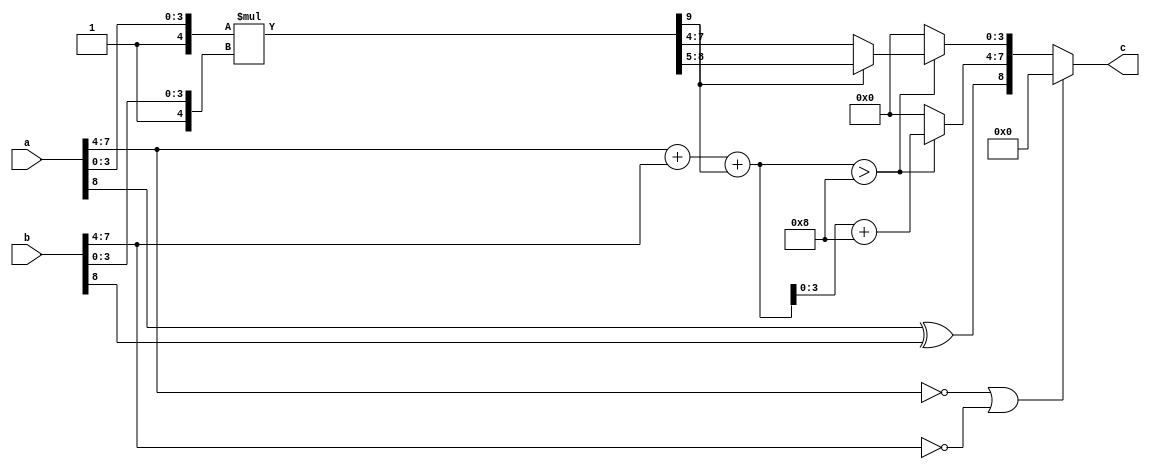
module sfpmulti #(
  parameter expWidth    = 4,
  parameter sigWidth    = 4,
  parameter formatWidth = 9
) (
  input  [formatWidth-1:0] a,
  input  [formatWidth-1:0] b,
  output [formatWidth-1:0] c
);

  wire [2*(sigWidth+1)-1:0] out_multi;
  wire [      expWidth : 0] expExpand;
  wire [      expWidth : 0] exponent;
  wire [    sigWidth-1 : 0] mantissa;


  assign out_multi = {1'b1, a[sigWidth-1:0]} * {1'b1, b[sigWidth-1:0]};
  assign mantissa[sigWidth-1:0] = (expExpand>8) ? (out_multi[2*sigWidth+1] ? 
                            (out_multi[sigWidth*2:sigWidth+1]) : 
                            ((out_multi[sigWidth*2-1:sigWidth])))
                            :{(sigWidth){1'b0}};
  assign expExpand = a[formatWidth-2:sigWidth] + b[formatWidth-2:sigWidth] + out_multi[2*(sigWidth+1)-1];
  assign exponent = (expExpand > 8) ? {expExpand + 5'b11000} : {5'b0};
  assign c = ((a[formatWidth-2:sigWidth] == 4'b0000)|(b[formatWidth-2:sigWidth] == 4'b0000)) ? ({formatWidth{1'b0}}) : {a[formatWidth-1] ^ b[formatWidth-1], exponent[expWidth-1:0], mantissa};
endmodule